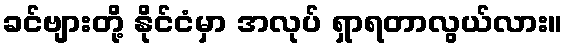
ခင်ဗျားတို့ နိုင်ငံမှာ အလုပ် ရှာရတာလွယ်လား။